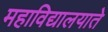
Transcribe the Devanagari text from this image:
महाविद्यालयाते